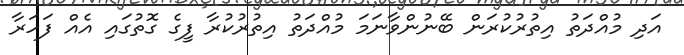
އަދި މުއްދަތު އިތުރުކުރަން ބޭނުންވާނަމަ މުއްދަތު އިތުރުކުރާ ފީގެ ގޮތުގައި އެއް ފަހަރާ